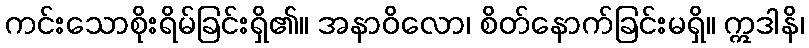
ကင်းသောစိုးရိမ်ခြင်းရှိ၏။ အနာဝိလော၊ စိတ်နောက်ခြင်းမရှိ။ ဣဒါနိ၊